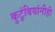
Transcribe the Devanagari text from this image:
कुटुंबियांनीही